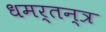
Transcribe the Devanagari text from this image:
धमर्तन्त्र